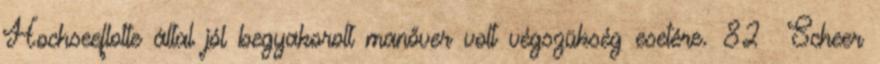
Hochseeflotte által jól begyakorolt manőver volt végszükség esetére. 82 Scheer